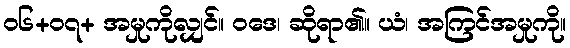
၀၆+၀၇+ အမှုကိုလျှင်။ ဝဒေ၊ ဆိုရာ၏။ ယံ၊ အကြင်အမှုကို။